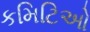
કમિટિઓ